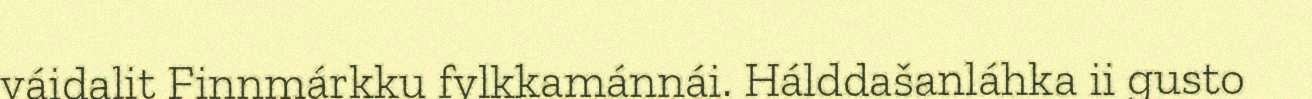
váidalit Finnmárkku fylkkamánnái. Hálddašanláhka ii gusto